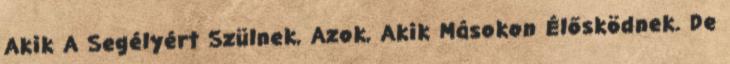
Akik A Segélyért Szülnek, Azok, Akik Másokon Élősködnek. De